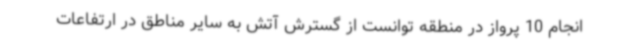
انجام 10 پرواز در منطقه توانست از گسترش آتش به سایر مناطق در ارتفاعات